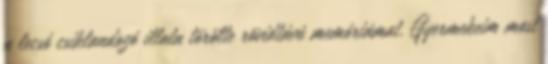
a lecsó csiklandozó illata törölte rövidtávú memóriámat. Gyermekeim most